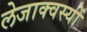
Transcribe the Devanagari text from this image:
लेजाक्वस्यों